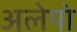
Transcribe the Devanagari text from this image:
अलेपो